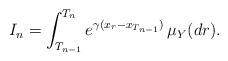
LaTeX: \begin{align*}I_n=\int_{T_{n-1}}^{T_n } e^{\gamma (x_{r}-x_{T_{n-1}})}\,\mu_{Y}(dr).\end{align*}